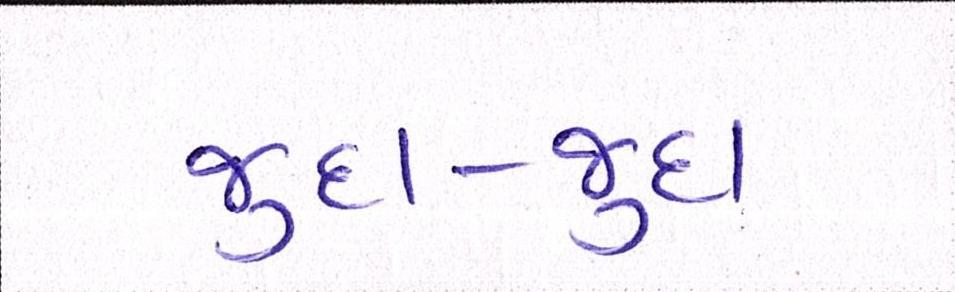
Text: જુદા-જુદા